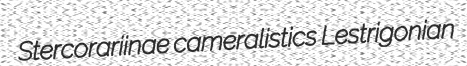
Stercorariinae cameralistics Lestrigonian